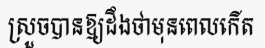
ស្រួចបានឱ្យដឹងថាមុនពេលកើត